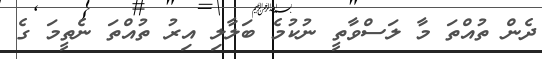
ދެން ތުއްތަ މާ ލަސްވާތީ ނުކުމެ ބަލާލި އިރު ތުއްތަ ނެތީމަ ގެ